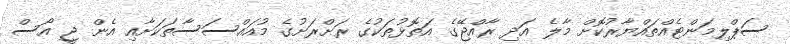
ސަޕްލިމަންޓެއްތައްޔާރުކޮށް މާލެ އަދި ރާއްޖޭގެ އަތޮޅުތަކުގެ ރަށްރަށުގެ މުއައްސަސާތަކަށާއި އެން ޖީ އޯސް